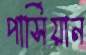
পার্সিয়ান